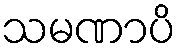
သမဏာပိ